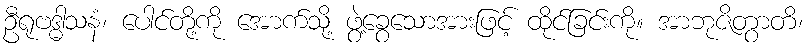
ဦရုဗဒ္ဓါသနံ၊ ပေါင်တို့ကို အောက်သို့ ဖွဲ့ခွေသောအားဖြင့် ထိုင်ခြင်းကို။ အာဘုဇိတွာတိ၊